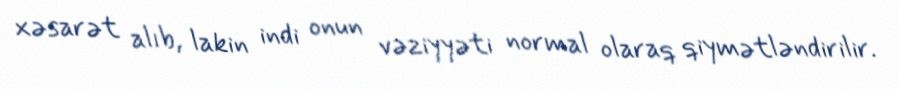
xəsarət alıb, lakin indi onun vəziyyəti normal olaraq qiymətləndirilir.